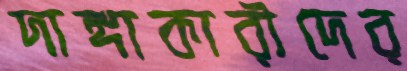
দাঙ্গাকারীদের